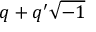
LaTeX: q + q ^ { \prime } { \sqrt { - 1 } }